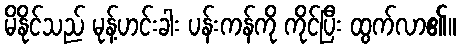
မိနိုင်သည် မုန့်ဟင်းခါး ပန်းကန်ကို ကိုင်ပြီး ထွက်လာ၏။